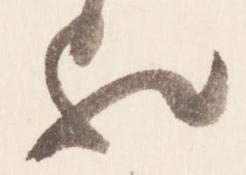
欤